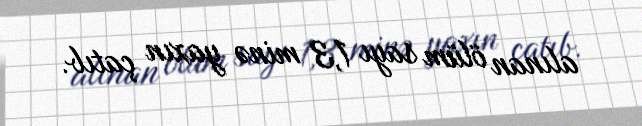
alınan ölüm sayı 1,3 minə yaxın çatıb.